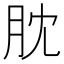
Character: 䶻